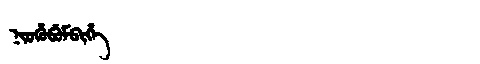
Manchu: ᠨᡳᠣᡥᡠᠪᡠᠮᠪᡳᡥᡝ
Romanization: NIOHUBUMBIHE